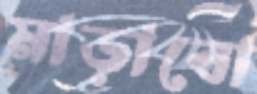
মাড়াবো